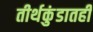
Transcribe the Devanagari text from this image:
तीर्थकुंडातही